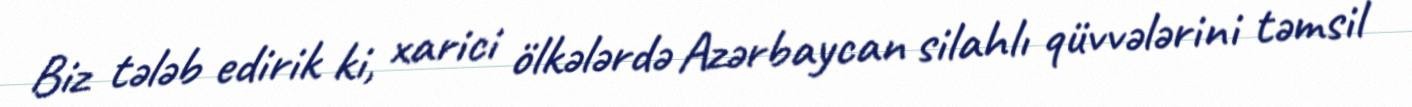
Biz tələb edirik ki, xarici ölkələrdə Azərbaycan silahlı qüvvələrini təmsil